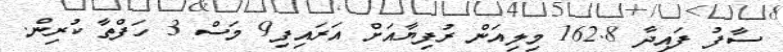
ސާފު ފައިދާ 162.8 މިލިއަން ރުފިޔާއަށް އަރައިފި9 މަސް 3 ހަފްތާ ކުރިން.